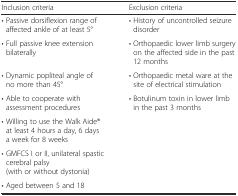
<table><thead><tr><td><b>Inclusion criteria</b></td><td><b>Exclusion criteria</b></td></tr></thead><tbody><tr><td>• Passive dorsiflexion range of affected ankle of at least 5°</td><td>• History of uncontrolled seizure disorder</td></tr><tr><td>• Full passive knee extension bilaterally</td><td>• Orthopaedic lower limb surgery on the affected side in the past 12 months</td></tr><tr><td>• Dynamic popliteal angle of no more than 45°</td><td>• Orthopaedic metal ware at the site of electrical stimulation</td></tr><tr><td>• Able to cooperate with assessment procedures</td><td rowspan="4">• Botulinum toxin in lower limb in the past 3 months</td></tr><tr><td>• Willing to use the Walk Aide® at least 4 hours a day, 6 days a week for 8 weeks</td></tr><tr><td>• GMFCS I or II, unilateral spastic cerebral palsy (with or without dystonia)</td></tr><tr><td>• Aged between 5 and 18</td></tr></tbody></table>